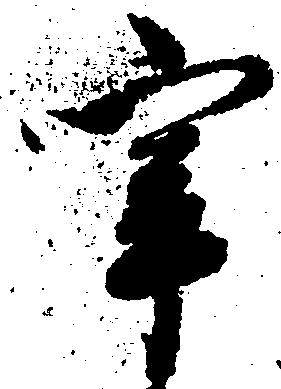
宰